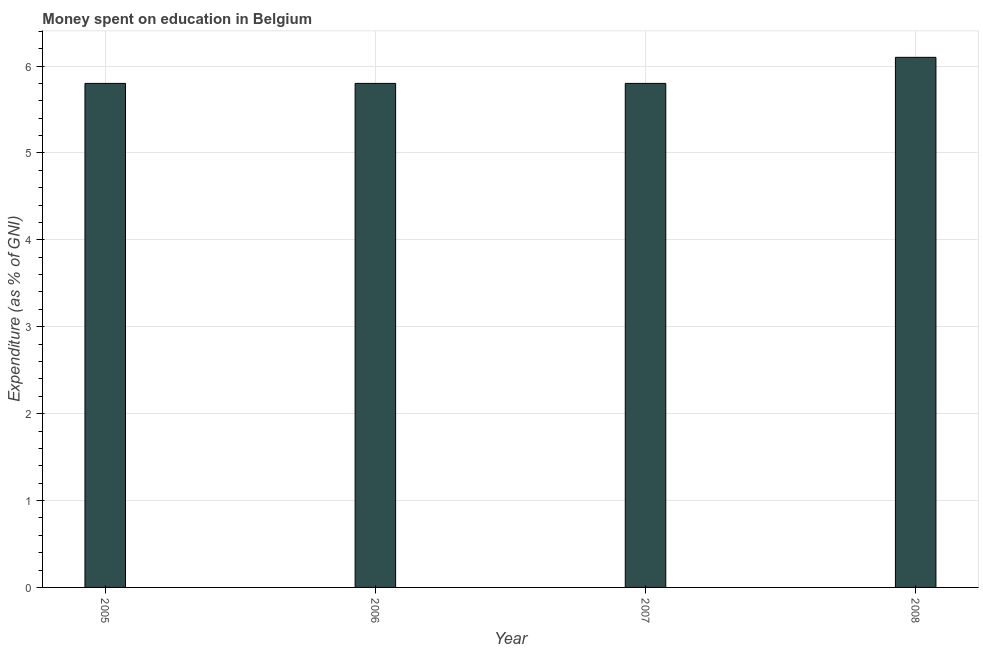
| Year | Education expenditure |
 | --- | --- |
 | 2005 | 5.8 |
 | 2006 | 5.8 |
 | 2007 | 5.8 |
 | 2008 | 6.1 |